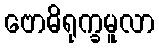
ဗောဓိရုက္ခမူလာ